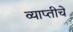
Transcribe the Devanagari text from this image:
व्याप्तीचे